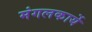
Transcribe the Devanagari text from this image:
मंगलकार्ये